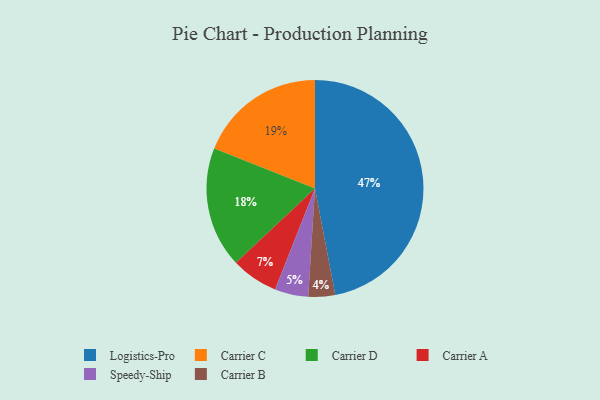
{"axis": {"x": "Category", "y": "Percentage"}, "legend": ["Carrier A", "Carrier B", "Carrier C", "Carrier D", "Logistics-Pro", "Speedy-Ship"], "data": [{"x": "Carrier B", "y": 4, "type": "Carrier B"}, {"x": "Speedy-Ship", "y": 5, "type": "Speedy-Ship"}, {"x": "Carrier C", "y": 19, "type": "Carrier C"}, {"x": "Carrier D", "y": 18, "type": "Carrier D"}, {"x": "Carrier A", "y": 7, "type": "Carrier A"}, {"x": "Logistics-Pro", "y": 47, "type": "Logistics-Pro"}]}